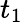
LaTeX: t_{1}